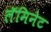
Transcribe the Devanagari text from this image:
लॅमिनेट